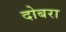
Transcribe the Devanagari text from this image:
दोबरा